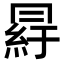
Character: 𦀒